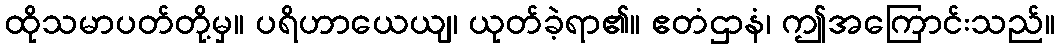
ထိုသမာပတ်တို့မှ။ ပရိဟာယေယျ၊ ယုတ်ခဲ့ရာ၏။ ဧတံဌာနံ၊ ဤအကြောင်းသည်။